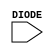
module sky130_fd_sc_hs__diode (
    DIODE
);

    // Module ports
    input DIODE;
     // No contents.
endmodule